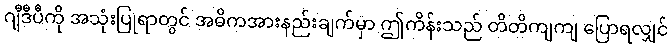
ဂျီဒီပီကို အသုံးပြုရာတွင် အဓိကအားနည်းချက်မှာ ဤကိန်းသည် တိတိကျကျ ပြောရလျှင်